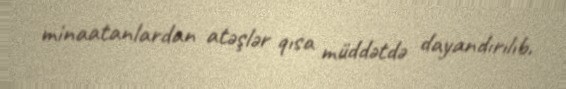
minaatanlardan atəşlər qısa müddətdə dayandırılıb.